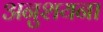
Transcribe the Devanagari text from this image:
अनुशयना